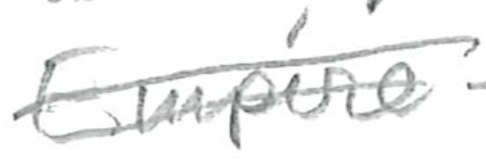
Text: Empire
Cross-out: double-line
Writing tool: pencil